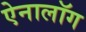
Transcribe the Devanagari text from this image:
ऐनालॉग